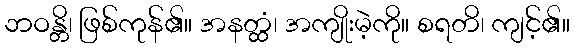
ဘဝန္တိ၊ ဖြစ်ကုန်၏။ အနတ္ထံ၊ အကျိုးမဲ့ကို။ စရတိ၊ ကျင့်၏။